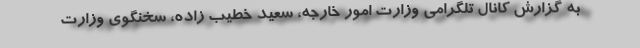
به گزارش کانال تلگرامی وزارت امور خارجه، سعید خطیب زاده، سخنگوی وزارت